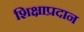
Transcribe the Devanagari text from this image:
शिक्षाप्रदान